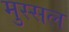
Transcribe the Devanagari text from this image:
मुस्सल